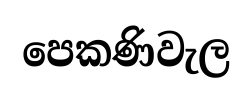
පෙකණිවැල